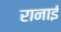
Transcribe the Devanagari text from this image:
रानाई